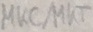
Text: MKC/MKT